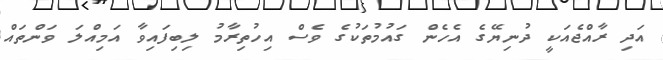
އަދި ރާއްޖެއަކީ ދުނިޔޭގެ އެހެން ގައުމުތަކުގެ ވެސް އިހުތިރާމު ލިބިފައިވާ އަމިއްލަ ވަންތައް